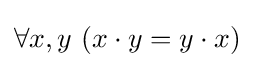
\forall x,y\ (x\cdot y=y\cdot x)